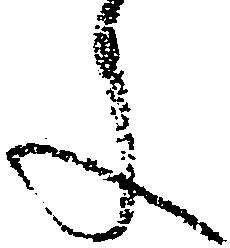
文